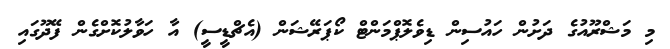
މި މަޝްރޫއުގެ ދަށުން ހައުސިން ޑިވެލޮޕްމަންޓް ކޯޕަރޭޝަން (އެޗްޑީސީ) އާ ހަވާލުކޮށްގެން ފޭދޫގައި